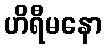
ဟိရီမနော